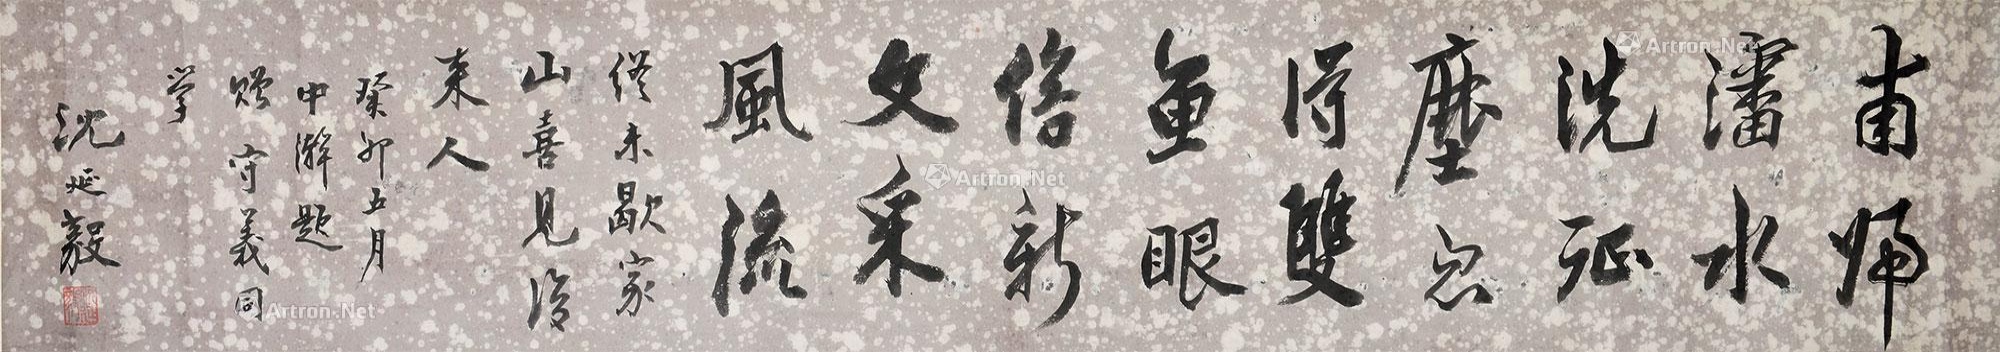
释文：甫归沈水洗征尘，忽得双鱼眼倍新。文采风流终为歇，家山喜见后来人。癸卯五月中澣题赠。守义同学。沈延毅。